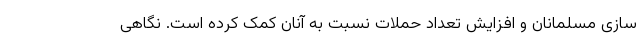
سازی مسلمانان و افزایش تعداد حملات نسبت به آنان کمک کرده است. نگاهی